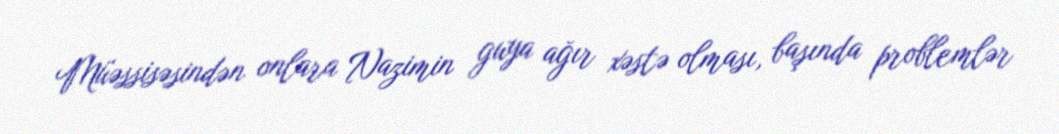
Müəssisəsindən onlara Nazimin guya ağır xəstə olması, başında problemlər